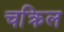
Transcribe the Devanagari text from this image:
चक्रिल